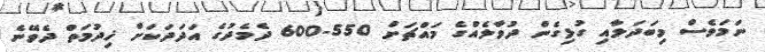
ނަމަވެސް މިބަދަލާއި ގުޅިގެން ދުވާލެއްގެ މައްޗަށް 550-600 ދެމެދުގެ އަދަދަކަށް ޚިދުމަތް ދެވޭނެ